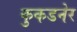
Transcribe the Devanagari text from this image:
कुकडनेर